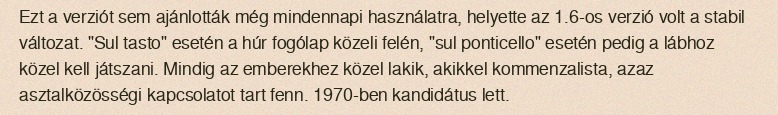
Ezt a verziót sem ajánlották még mindennapi használatra, helyette az 1.6-os verzió volt a stabil változat. "Sul tasto" esetén a húr fogólap közeli felén, "sul ponticello" esetén pedig a lábhoz közel kell játszani. Mindig az emberekhez közel lakik, akikkel kommenzalista, azaz asztalközösségi kapcsolatot tart fenn. 1970-ben kandidátus lett.